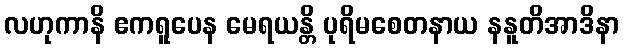
လဟုကာနိ ဧကရူပေန မေရယန္တိ ပုရိမစေတနာယ နနူတိအာဒိနာ